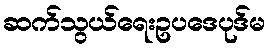
ဆက်သွယ်ရေးဥပဒေပုဒ်မ